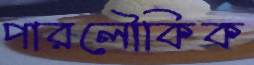
পারলৌকিক